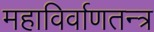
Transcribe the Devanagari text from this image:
महाविर्वाणतन्त्र